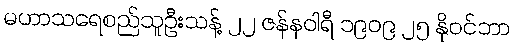
မဟာသရေစည်သူဦးသန့် ၂၂ ဇန်နဝါရီ ၁၉၀၉ ၂၅ နိုဝင်ဘာ